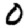
Digit: 0